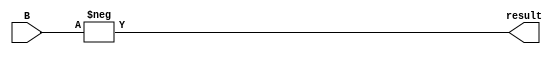
module neg (
    input wire [31:0] B,
    output wire [63:0] result
);

    assign result = -B;
    
endmodule